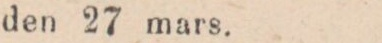
den 27 mars.